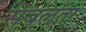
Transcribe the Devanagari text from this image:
संबलता